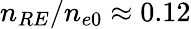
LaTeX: n_{RE}/n_{e0}\approx 0.12